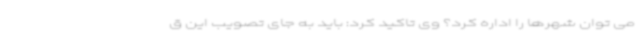
می توان شهرها را اداره کرد؟ وی تاکید کرد: باید به جای تصویب این ق